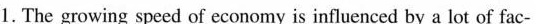
1. The growing speed of economy is influenced by a lot of fac-